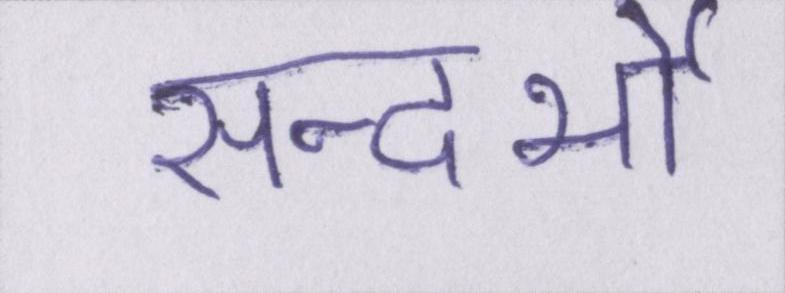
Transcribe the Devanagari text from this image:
सन्दर्भो